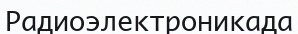
Радиоэлектроникада